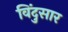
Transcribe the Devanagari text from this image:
विंदुसार